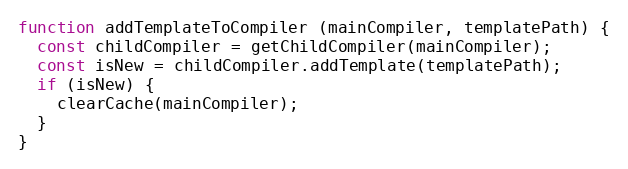
Language: JavaScript
function addTemplateToCompiler (mainCompiler, templatePath) {
  const childCompiler = getChildCompiler(mainCompiler);
  const isNew = childCompiler.addTemplate(templatePath);
  if (isNew) {
    clearCache(mainCompiler);
  }
}